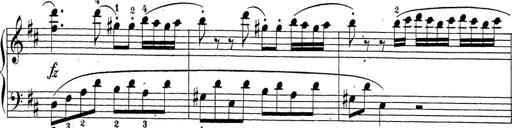
Title: Sonatina Album
Composer: Louis KÃ¶hler